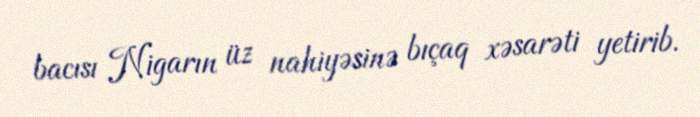
bacısı Nigarın üz nahiyəsinə bıçaq xəsarəti yetirib.